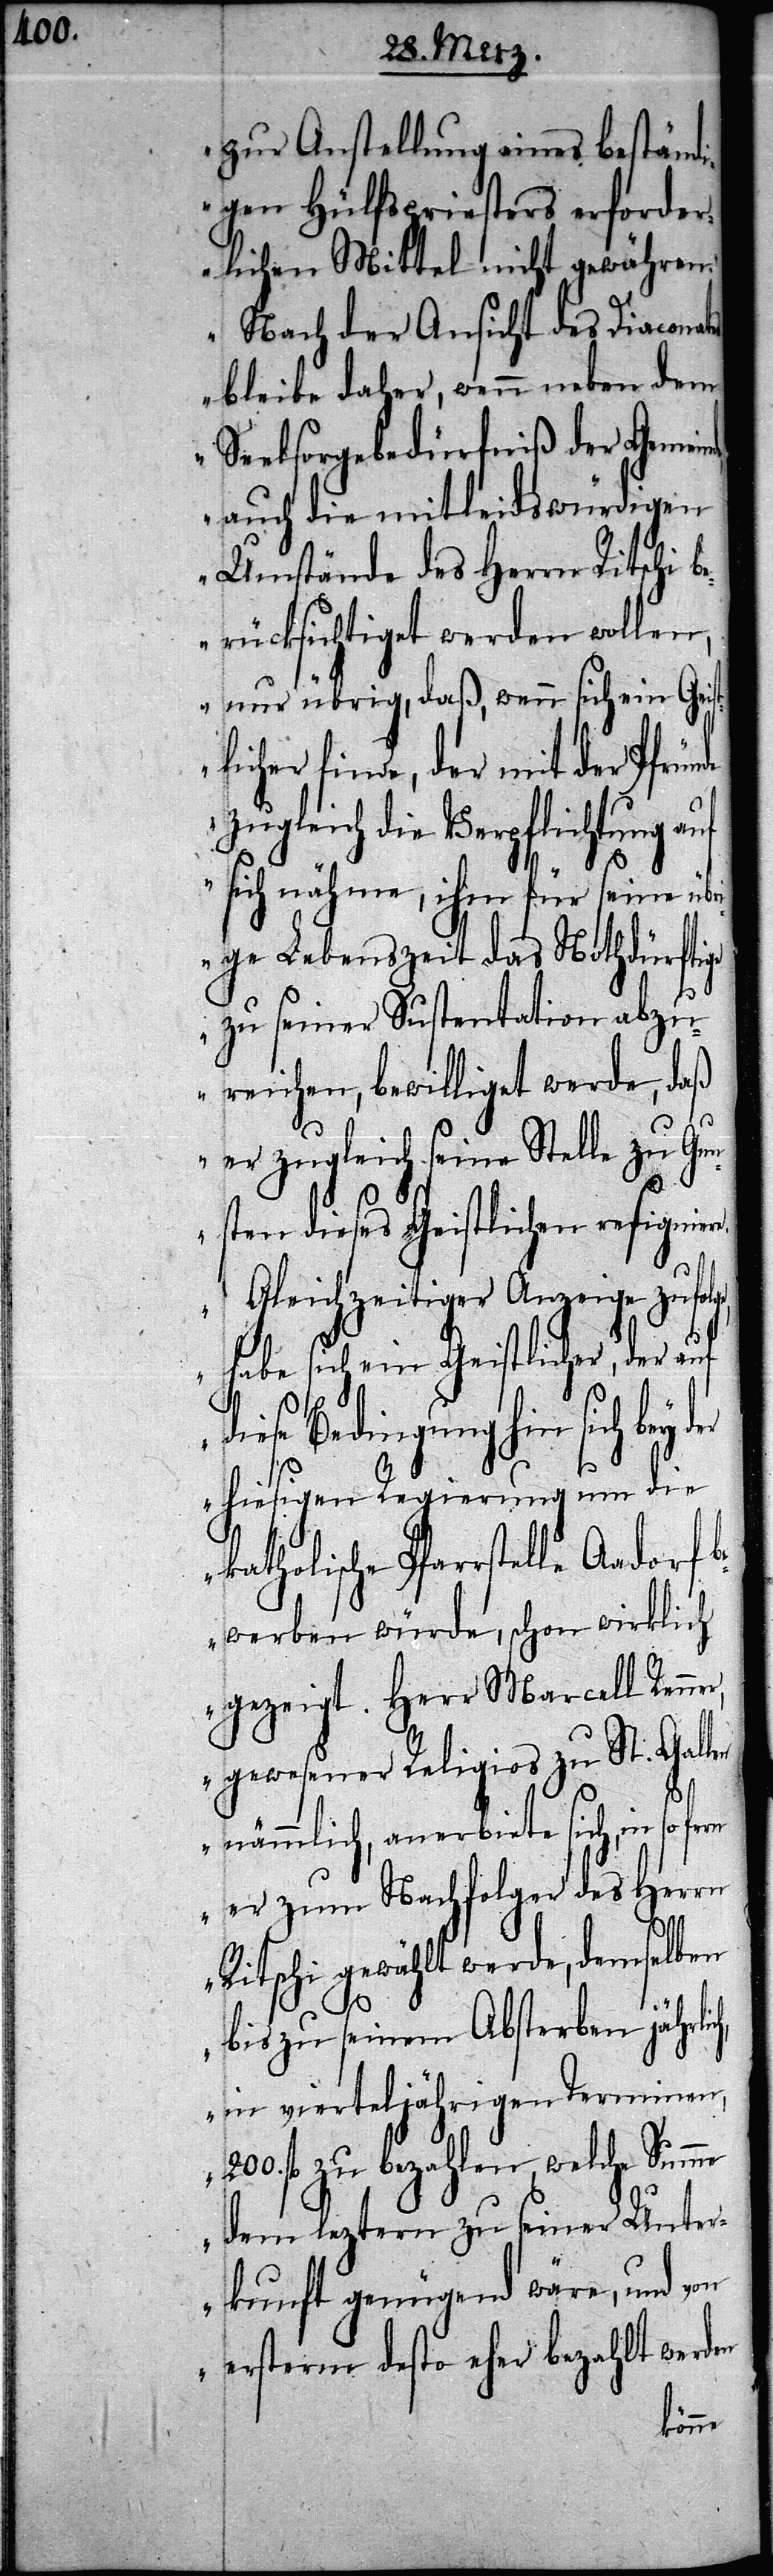
zur Anstellung eines beständ¬
igen Hülfpriesters erforder¬
lichen Mittel nicht gewähren.
Nach der Ansicht des Diaconates
bleibe daher, wenn neben dem
Seelsorgebedürfniß der Gemein¬
auch die mitleidswürdigen
Umstände des Herrn Ritschi b¬
erücksichtiget werden wollen,
nur übrig, daß, wenn sich ein Ge¬
licher finde, der mit der Pfrün¬
zugleich die Verpflichtung auf
sich nähme, ihm für seine übr¬
ige Lebenszeit das Nothdürftige
zu seiner Sustentation abzu¬
reichen, bewilliget werde, daß
er zugleich seine Stelle zu Gun¬
sten dieses Geistlichen resigniere.
Gleichzeitiger Anzeige zufolge
habe sich ein Geistlicher, der auf
er,
diese Bedingung hin sich bey d¬
hiesigen Regierung um die
katholische Pfarrstelle Aadorf
bewerben würde, schon wirklich
gezeigt. Herr Marcell Renn¬
gewesener Religios zu St. Gallen
nämmlich, anerbiete sich, in so fe¬
rn er zum Nachfolger des Herrn
Ritschi gewählt werde, demselben
ch,
bis zu seinem Absterben jährli¬
in vierteljährigen Terminen,
200. fl zu bezahlen, welche Summe
dem leztern zu seiner Unter¬
kunft genügend wäre, und von
ersterm desto eher bezahlt werd¬
en